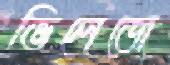
ভিলেজে